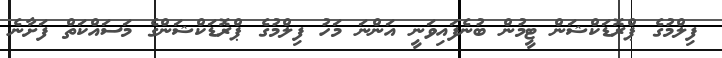
ފިލްމުގެ ޕްރޮޑަކްޝަން ޓީމުން ބުނެފައިވަނީ އަންނަ މަހު ފިލްމުގެ ޕްރޮޑަކްޝަންގެ މަސައްކަތް ފަށާނެ